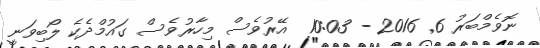
ނޮވެމްބަރު 6